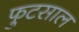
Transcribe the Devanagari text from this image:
फुटसाल